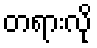
တရားလို